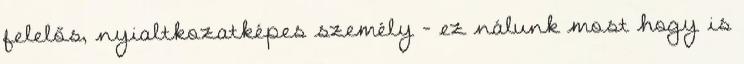
felelős, nyialtkozatképes személy - ez nálunk most hogy is